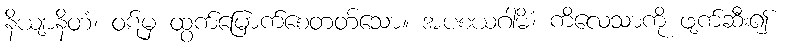
နိယျာနိတံ၊ ဝဋ်မှ ထွက်မြောက်စေတတ်သော။ အပစယဂါမိံ၊ ကိလေသာကို ဖျက်ဆီး၍